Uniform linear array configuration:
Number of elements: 48
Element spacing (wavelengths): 0.25
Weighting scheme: hamming
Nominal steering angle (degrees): -60
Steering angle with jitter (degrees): -58.8
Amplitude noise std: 0.05
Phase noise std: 0.05

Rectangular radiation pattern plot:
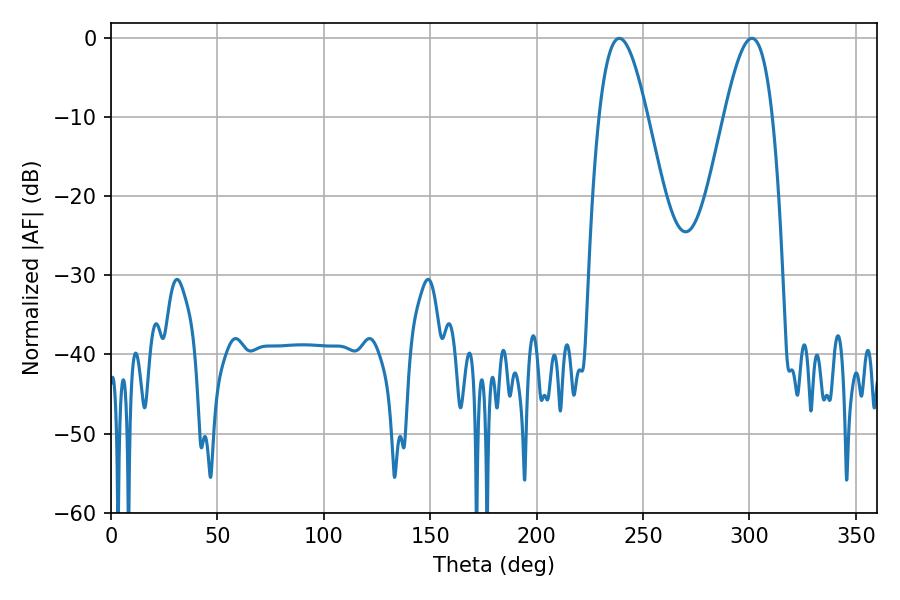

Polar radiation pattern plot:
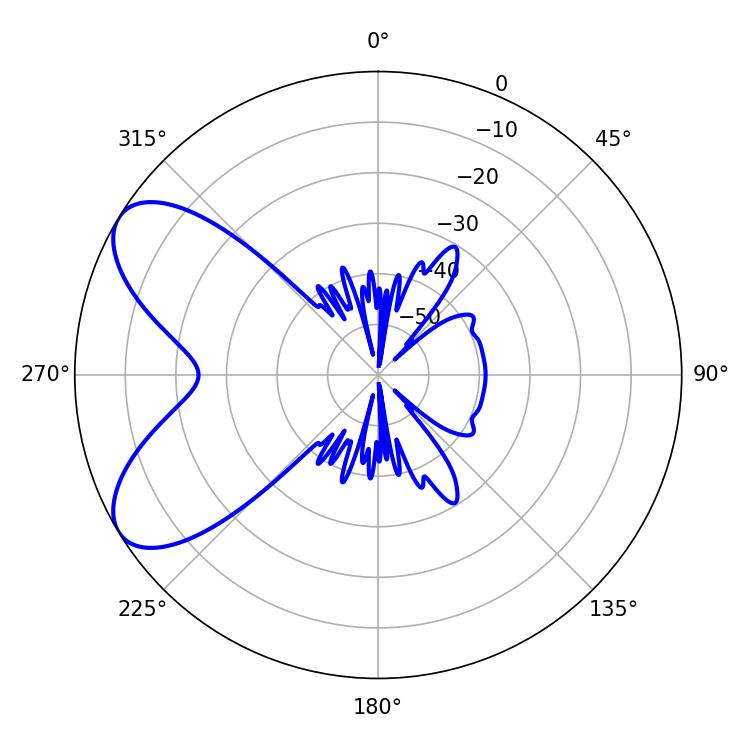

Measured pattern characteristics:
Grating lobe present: FALSE
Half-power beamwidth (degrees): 12.24
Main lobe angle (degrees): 238.86